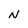
Character: N